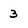
Character: 3